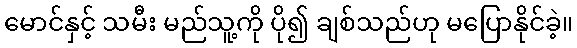
မောင်နှင့် သမီး မည်သူ့ကို ပို၍ ချစ်သည်ဟု မပြောနိုင်ခဲ့။